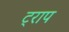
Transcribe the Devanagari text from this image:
ट्राप